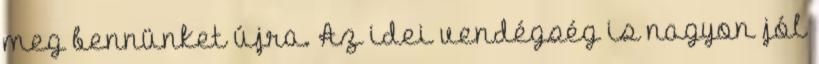
meg bennünket újra. Az idei vendégség is nagyon jól